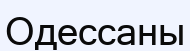
Одессаны